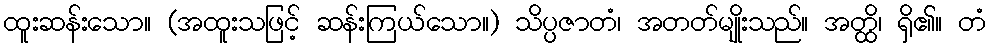
ထူးဆန်းသော။ (အထူးသဖြင့် ဆန်းကြယ်သော။) သိပ္ပဇာတံ၊ အတတ်မျိုးသည်။ အတ္ထိ၊ ရှိ၏။ တံ